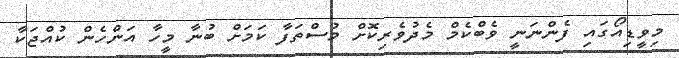
މިވީޑިއޯގައި ފެންނަނީ ވެބްކެމް މެދުވެރިކޮށް މުސްތަފާ ކަމަށް ބުނާ މީހާ އަންހެން ކުއްޖަކާ